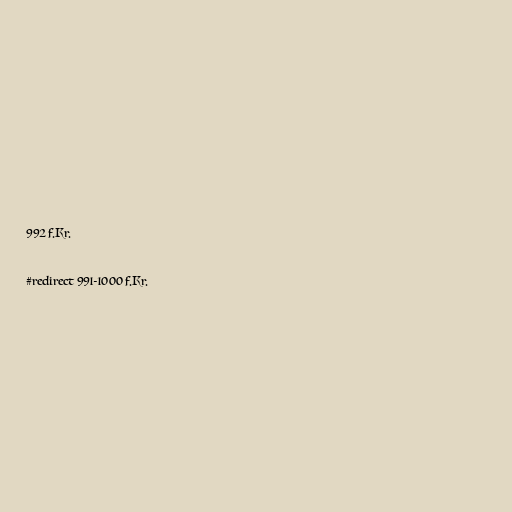
992 f.Kr.

#redirect 991-1000 f.Kr.